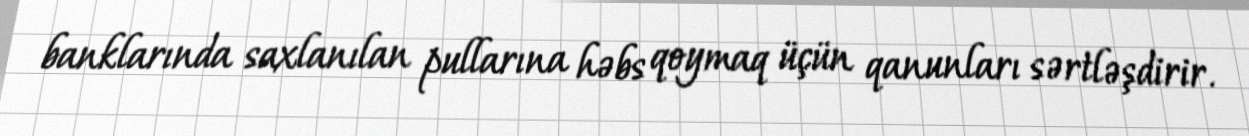
banklarında saxlanılan pullarına həbs qoymaq üçün qanunları sərtləşdirir.